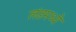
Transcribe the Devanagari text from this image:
लंडमध्ये